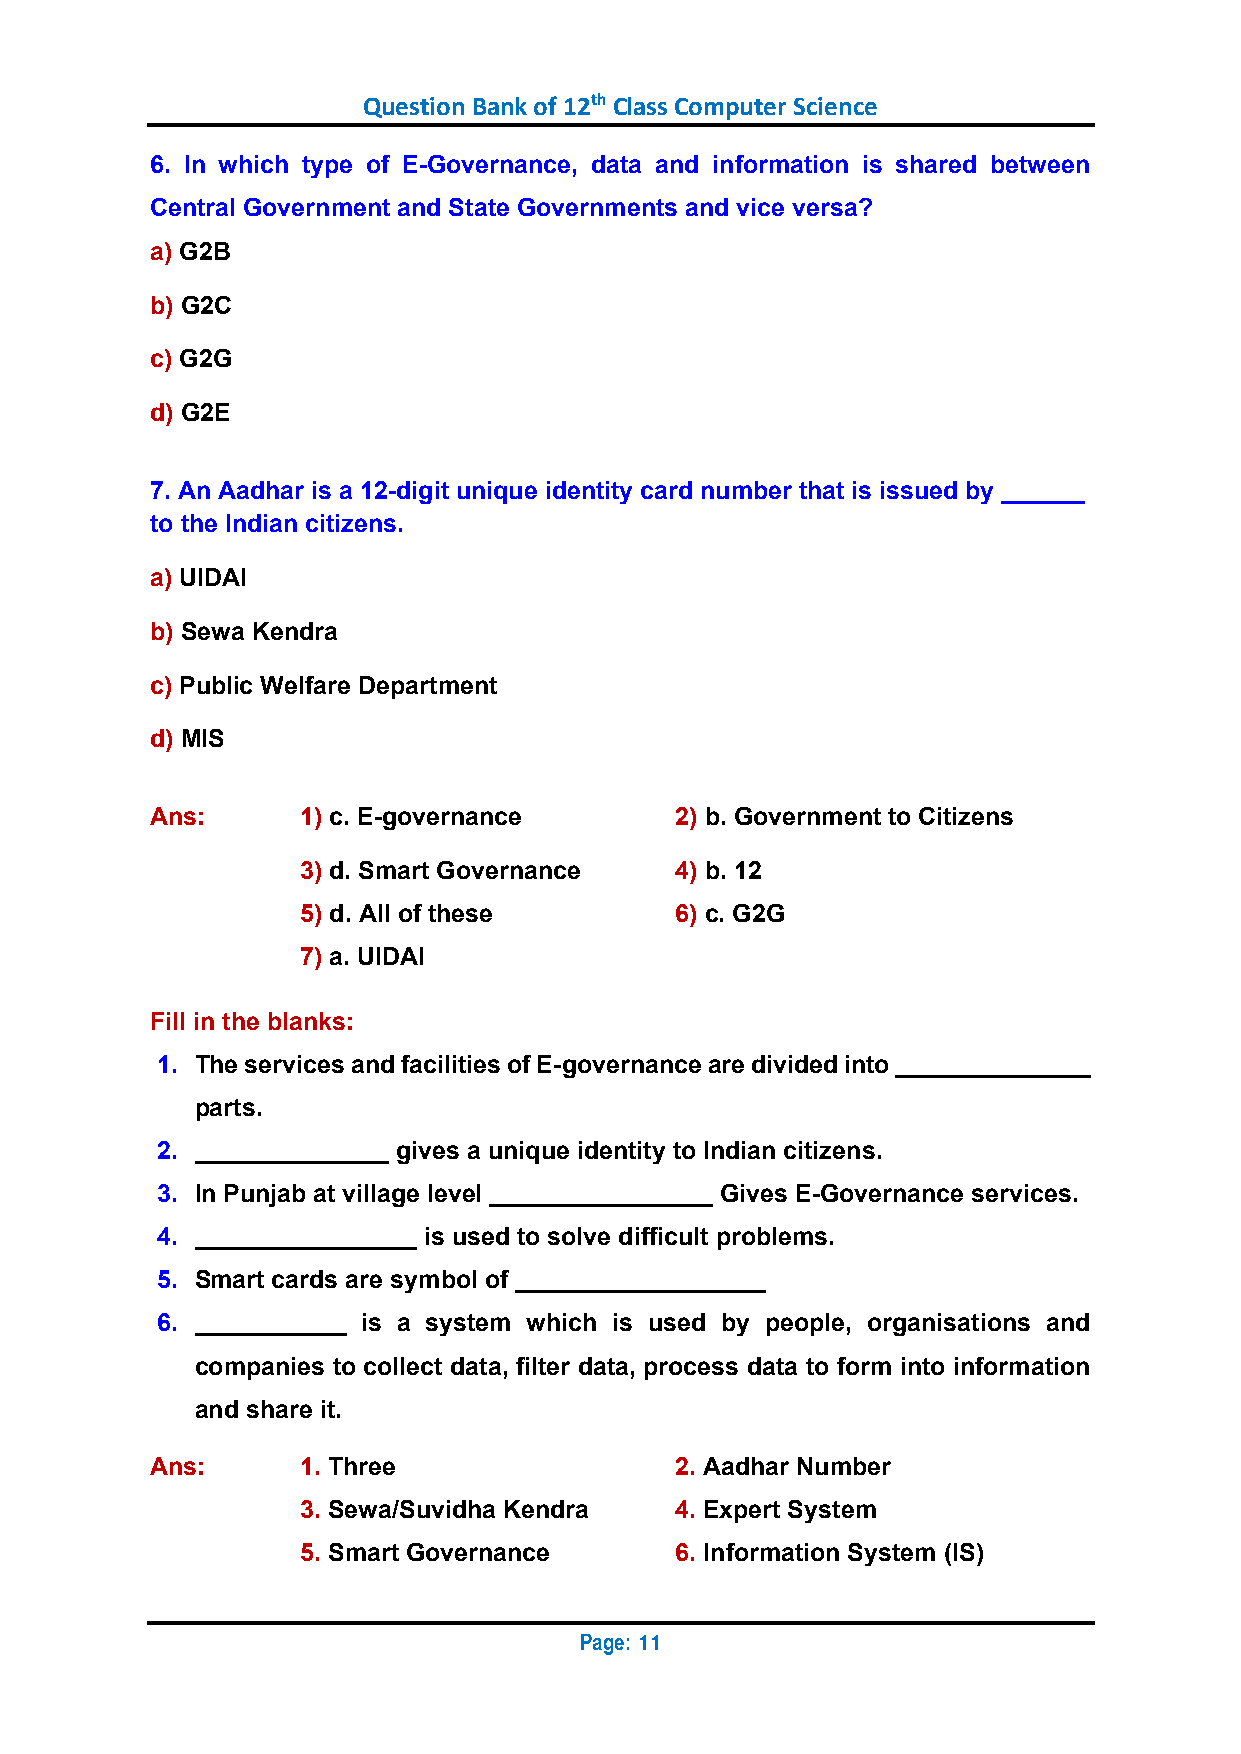
Question Bank of 12th Class Computer Science
 6. In which type of E-Governance, data and information is shared between
 Central Government and State Governments and vice versa?
 a) G2B
 b) G2C
 c) G2G
 d) G2E
 7. An Aadhar is a 12-digit unique identity card number that is issued by ______
 to the Indian citizens.
 a) UIDAI
 b) Sewa Kendra
 c) Public Welfare Department
 d) MIS
 Ans:      1) c. E-governance       2) b. Government to Citizens
 3) d. Smart Governance   4) b. 12
 5) d. All of these       6) c. G2G
 7) a. UIDAI
 Fill in the blanks:
 1. The services and facilities of E-governance are divided into ______________
 parts.
 2. ______________ gives a unique identity to Indian citizens.
 3. In Punjab at village level ________________ Gives E-Governance services.
 4. ________________ is used to solve difficult problems.
 5. Smart cards are symbol of __________________
 6. ___________ is a system which is used by people, organisations and
 companies to collect data, filter data, process data to form into information
 and share it.
 Ans:      1. Three                 2. Aadhar Number
 3. Sewa/Suvidha Kendra   4. Expert System
 5. Smart Governance      6. Information System (IS)
 Page:
 11